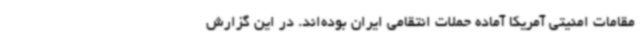
مقامات امنیتی آمریکا آماده حملات انتقامی ایران بوده‌اند. در این گزارش